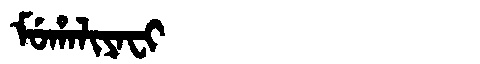
Manchu: ᠮᡠᡥᠠᠯᡳᠶᠠᠸᡳ
Romanization: MUHALIYAFI